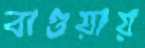
বাগুয়ায়